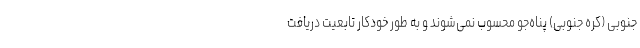
جنوبی (کره جنوبی) پناه‌جو محسوب نمی‌شوند و به طور خودکار تابعیت دریافت